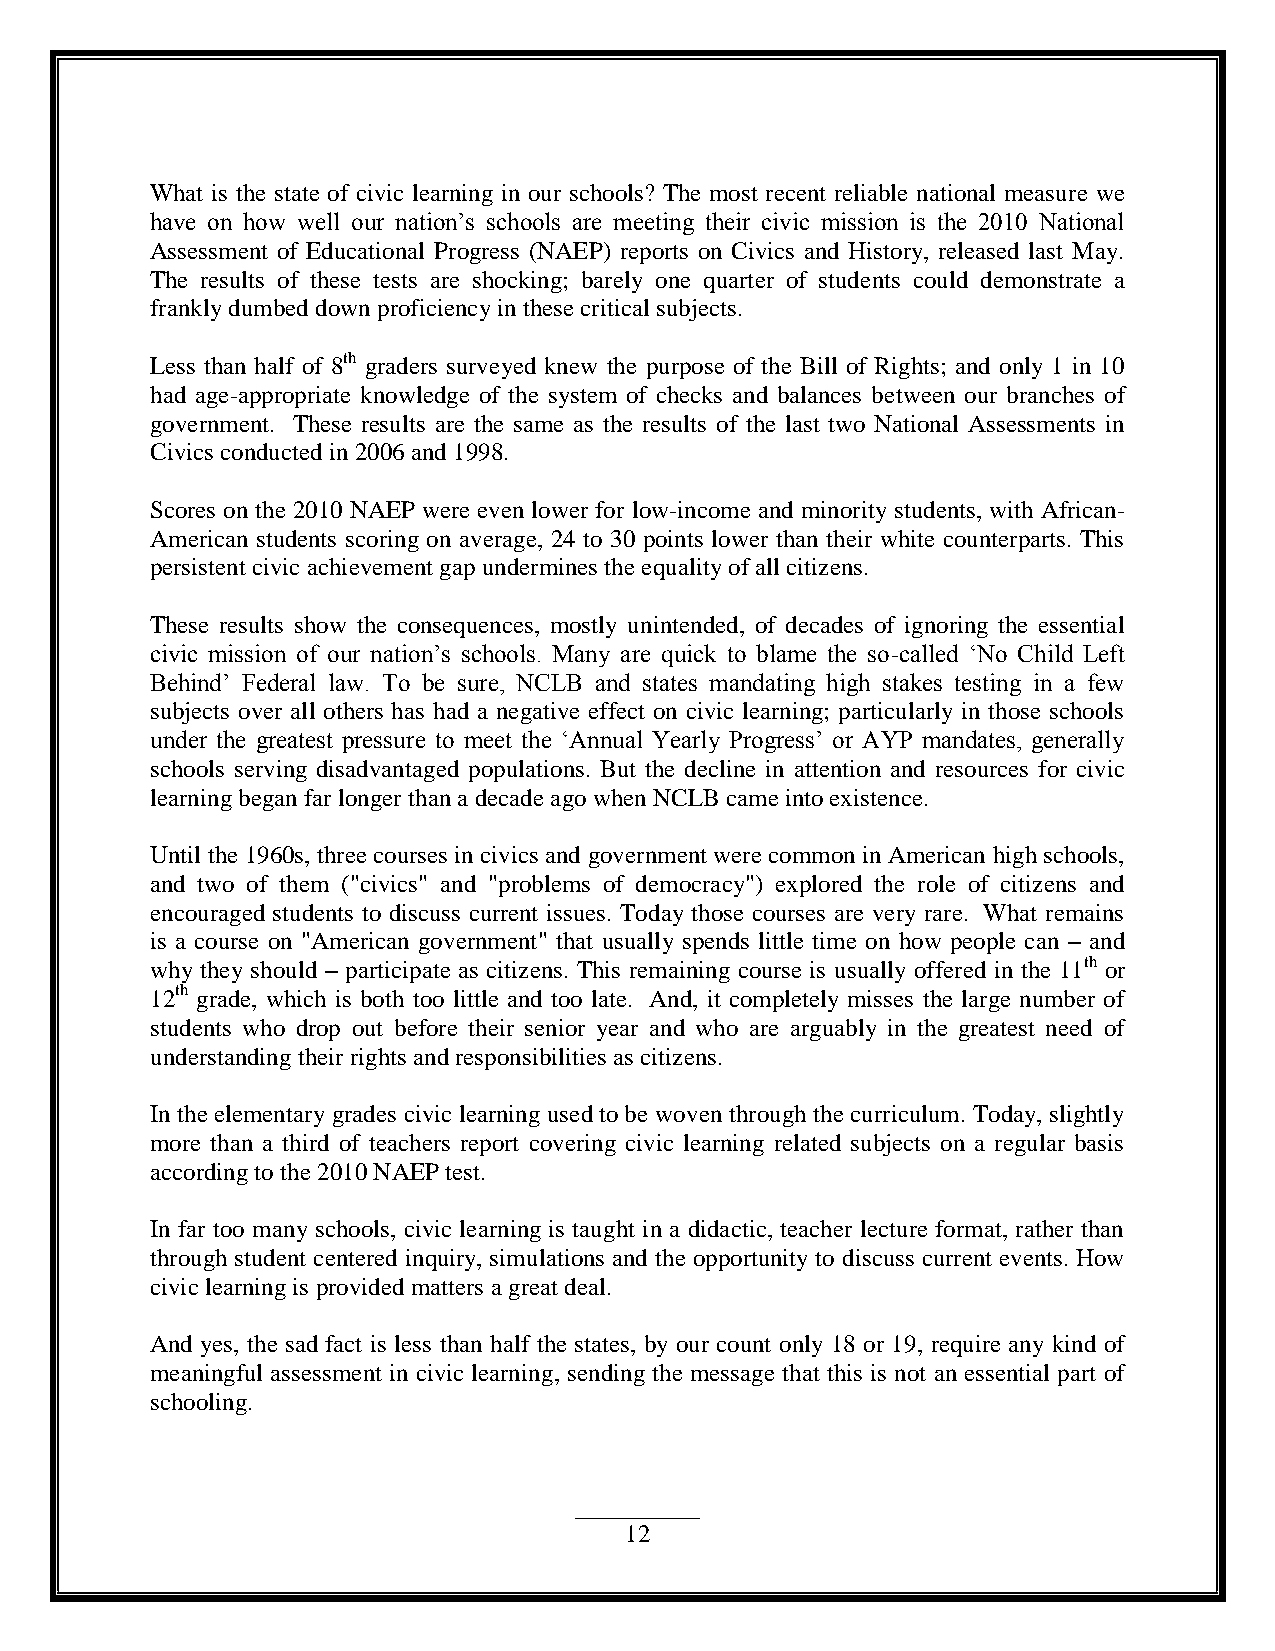
What is the state of civic learning in our schools? The most recent reliable national measure we
 have on how well our nation‟s schools are meeting their civic mission is the 2010 National
 Assessment of Educational Progress (NAEP) reports on Civics and History, released last May.
 The results of these tests are shocking; barely one quarter of students could demonstrate a
 frankly dumbed down proficiency in these critical subjects.
 Less than half of 8th graders surveyed knew the purpose of the Bill of Rights; and only 1 in 10
 had age-appropriate knowledge of the system of checks and balances between our branches of
 government. These results are the same as the results of the last two National Assessments in
 Civics conducted in 2006 and 1998.
 Scores on the 2010 NAEP were even lower for low-income and minority students, with African-
 American students scoring on average, 24 to 30 points lower than their white counterparts. This
 persistent civic achievement gap undermines the equality of all citizens.
 These results show the consequences, mostly unintended, of decades of ignoring the essential
 civic mission of our nation‟s schools. Many are quick to blame the so-called „No Child Left
 Behind‟ Federal law. To be sure, NCLB and states mandating high stakes testing in a few
 subjects over all others has had a negative effect on civic learning; particularly in those schools
 under the greatest pressure to meet the „Annual Yearly Progress‟ or AYP mandates, generally
 schools serving disadvantaged populations. But the decline in attention and resources for civic
 learning began far longer than a decade ago when NCLB came into existence.
 Until the 1960s, three courses in civics and government were common in American high schools,
 and two of them ("civics" and "problems of democracy") explored the role of citizens and
 encouraged students to discuss current issues. Today those courses are very rare. What remains
 is a course on "American government" that usually spends little time on how people can – and
 why they should – participate as citizens. This remaining course is usually offered in the 11th or
 12th grade, which is both too little and too late. And, it completely misses the large number of
 students who drop out before their senior year and who are arguably in the greatest need of
 understanding their rights and responsibilities as citizens.
 In the elementary grades civic learning used to be woven through the curriculum. Today, slightly
 more than a third of teachers report covering civic learning related subjects on a regular basis
 according to the 2010 NAEP test.
 In far too many schools, civic learning is taught in a didactic, teacher lecture format, rather than
 through student centered inquiry, simulations and the opportunity to discuss current events. How
 civic learning is provided matters a great deal.
 And yes, the sad fact is less than half the states, by our count only 18 or 19, require any kind of
 meaningful assessment in civic learning, sending the message that this is not an essential part of
 schooling.
 12